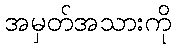
အမှတ်အသားကို